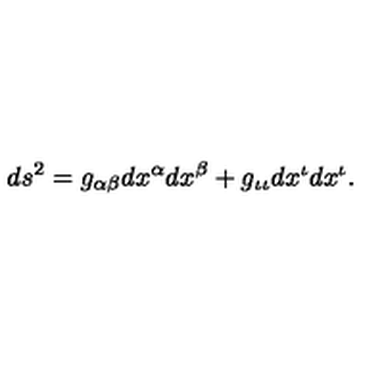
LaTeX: d s ^ { 2 } = g _ { \alpha \beta } d x ^ { \alpha } d x ^ { \beta } + g _ { \iota \iota } d x ^ { \iota } d x ^ { \iota } .